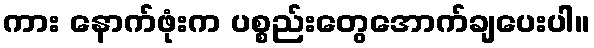
ကား နောက်ဖုံးက ပစ္စည်းတွေအောက်ချပေးပါ။